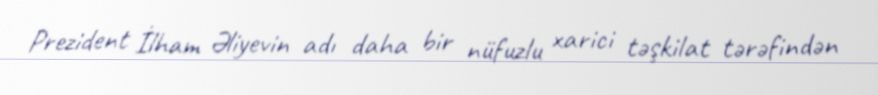
Prezident İlham Əliyevin adı daha bir nüfuzlu xarici təşkilat tərəfindən